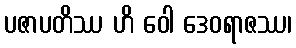
ပဇာပတိဿ ဟိ ဝေါ ဒေဝရာဇဿ၊